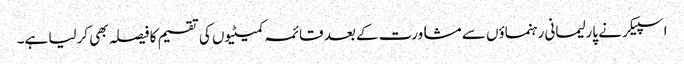
اسپیکر نے پارلیمانی رہنماؤں سے مشاورت کے بعد قائمہ کمیٹیوں کی تقسیم کا فیصلہ بھی کرلیا ہے۔